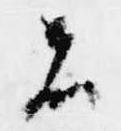
者